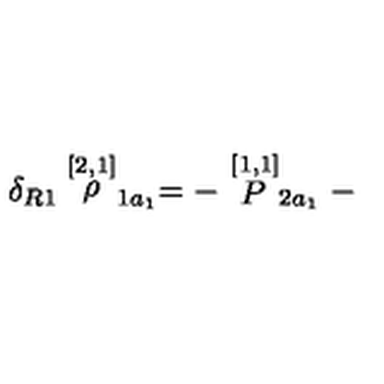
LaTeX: \delta _ { R 1 } \stackrel { [ 2 , 1 ] } { \rho } _ { 1 a _ { 1 } } = - \stackrel { [ 1 , 1 ] } { P } _ { 2 a _ { 1 } } -